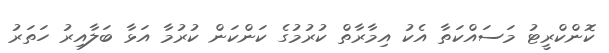
ކޮންކްރީޓު މަސައްކަތާ އެކު އިމާރާތް ކުރުމުގެ ކަންކަން ކުރުމާ އަޅާ ބަލާއިރު ހަތަރު